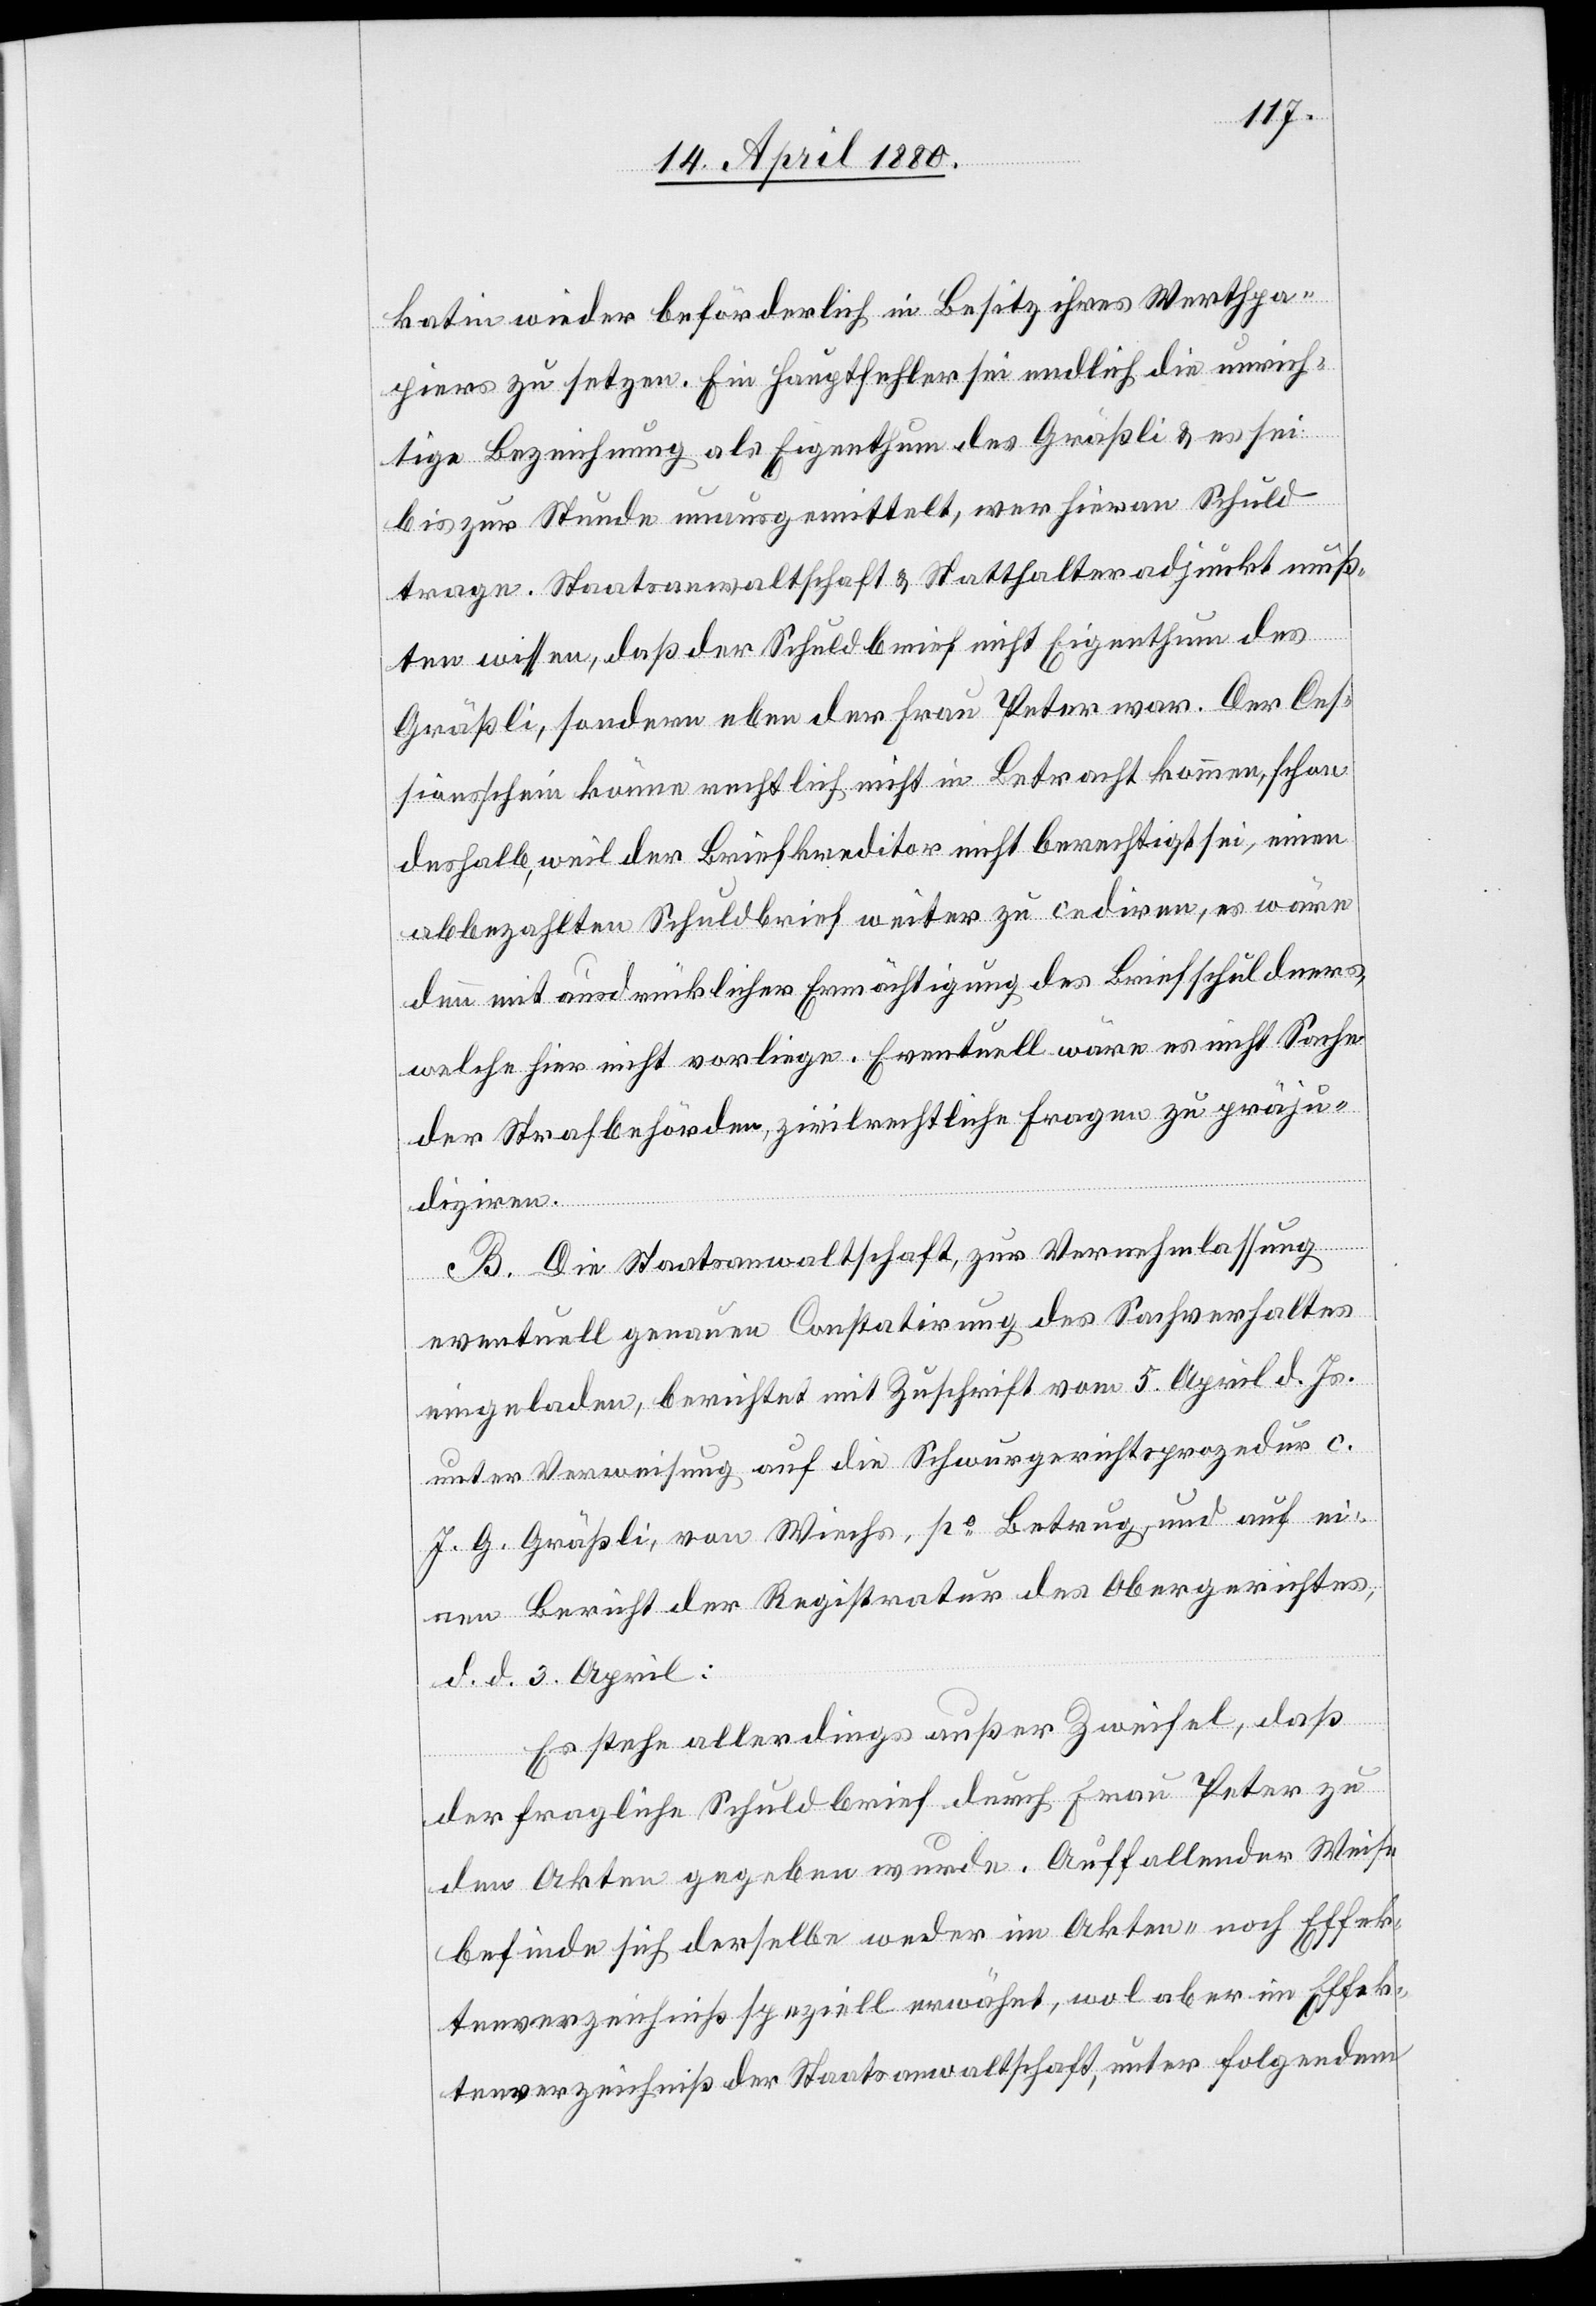
katin wieder beförderlich in Besitz ihres Werthpa¬
piers zu setzen. Ein Hauptfehler sei endlich die unrich¬
tige Bezeichnung als Eigenthum des Gräßli & es sei
bis zur Stunde unausgemittelt, wer hievon Schuld
trage. Staatsanwaltschaft & Statthalteradjunkt muß¬
ten wissen, daß der Schuldbrief nicht Eigenthum des
Gräßli, sondern eben der Frau Peter war. Der Ces¬
sationsschein könne rechtlich nicht in Betracht kommen, schon
deshalb, weil der Briefkreditor nicht berechtigt sei, einen
abbezahlten Schuldbrief weiter zu cediren, es wäre
denn mit ausdrücklicher Ermächtigung des Briefschuldners,
welche hier nicht vorliege. Eventuell wäre es nicht Sache
der Strafbehörden, zivilrechtliche Fragen zu präju¬
diziren.
B. Die Staatsanwaltschaft, zur Vernehmlassung
eventuell genauen Constatirung des Sachverhaltes
eingeladen, berichtet mit Zuschrift vom 5. April d. Js.
unter Verweisung auf die Schwurgerichtsprozedur c.
J. G. Gräßli, von Wiechs, po Betrug, und auf ei¬
nen Bericht der Registratur des Obergerichtes,
d. d. 3. April:
Es stehe allerdings außer Zweifel, daß
der fragliche Schuldbrief durch Frau Peter zu
den Akten gegeben wurde. Auffallender Weise
befinde sich derselbe weder im Akten- noch Effek¬
tenverzeichniß speziell erwähnt, wol aber im Effek¬
tenverzeichniß der Staatsanwaltschaft, unter folgendem